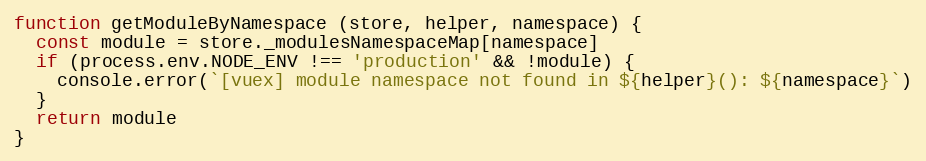
Language: JavaScript
function getModuleByNamespace (store, helper, namespace) {
  const module = store._modulesNamespaceMap[namespace]
  if (process.env.NODE_ENV !== 'production' && !module) {
    console.error(`[vuex] module namespace not found in ${helper}(): ${namespace}`)
  }
  return module
}